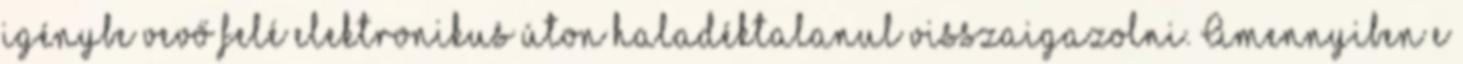
igénybe vevő felé elektronikus úton haladéktalanul visszaigazolni. Amennyiben e